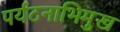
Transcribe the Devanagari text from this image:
पर्यटनाभिमुख